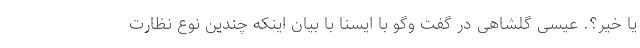
یا خیر؟. عیسی گلشاهی در گفت وگو با ایسنا با بیان اینکه چندین نوع نظارت